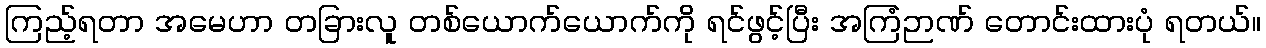
ကြည့်ရတာ အမေဟာ တခြားလူ တစ်ယောက်ယောက်ကို ရင်ဖွင့်ပြီး အကြံဉာဏ် တောင်းထားပုံ ရတယ်။